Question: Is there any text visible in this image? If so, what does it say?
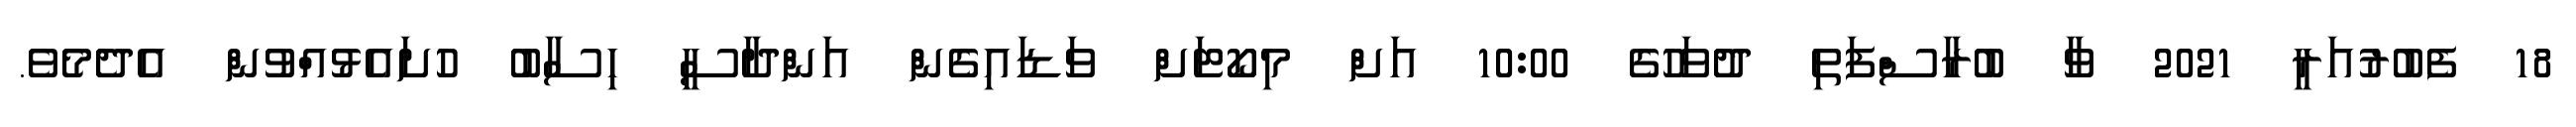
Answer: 18 ފެބުރުއަރީ 2021 ވާ ބުރާސްފަތި ދުވަހުގެ 10:00 އަށް މިކޯޓަށް ވަޑައިގެން އަންދާސީ ހިސާބު ހުށައެޅުއްވުން އެދެމެވެ.